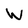
Character: W